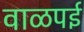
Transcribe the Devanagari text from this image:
वाळपई